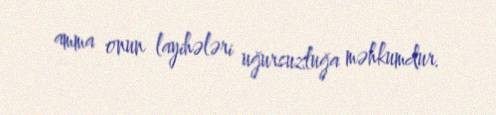
amma onun layihələri uğursuzluğa məhkumdur.